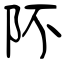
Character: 阫